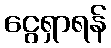
ငွေရှာရန်